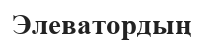
Элеватордың